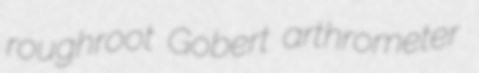
roughroot Gobert arthrometer